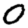
Digit: 0